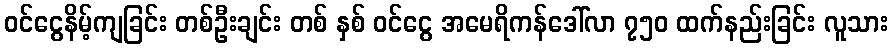
ဝင်ငွေနိမ့်ကျခြင်း တစ်ဦးချင်း တစ် နှစ် ဝင်ငွေ အမေရိကန်ဒေါ်လာ ၇၅၀ ထက်နည်းခြင်း လူသား